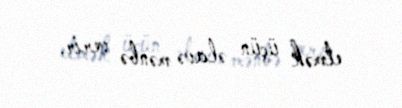
etmək üçün əlavə mənbə verir.